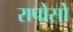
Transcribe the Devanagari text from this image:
रापोसो